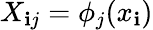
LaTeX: X_{\mathbf{i}j}=\phi_{j}(x_{\mathbf{i}})